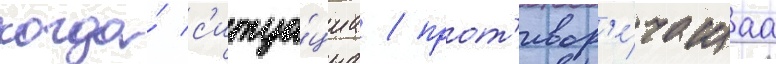
когда́ с'итуа́циа / прот'ивор'е́чащаа